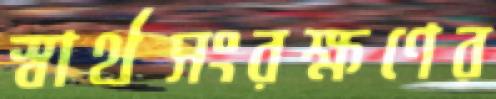
স্বার্থসংরক্ষণের